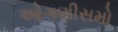
ઓગણીસમો